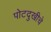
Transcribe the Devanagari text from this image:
पोटदुखीचे